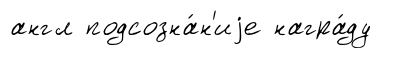
англ подсозна́н'иjе награ́ду